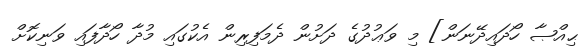
ޙިއްޞާ ހޯދައިދޭނަން] މި ވަޢުދުގެ ދަށުން ދެމަފިރިން އެކުގައި މުދާ ހޯދާފައި ވަނިކޮށް